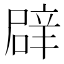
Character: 𮝻